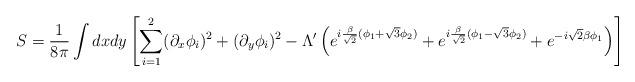
LaTeX: \begin{align*}S={1\over 8\pi} \int dx dy\left[\sum_{i=1}^2(\partial_x\phi_i)^2+(\partial_y\phi_i)^2-\Lambda'\left(e^{i{\beta\over \sqrt{2}}(\phi_1+\sqrt{3}\phi_2)}+e^{i{\beta\over \sqrt{2}}(\phi_1-\sqrt{3}\phi_2)}+e^{-i\sqrt{2}\beta\phi_1}\right)\right] \end{align*}